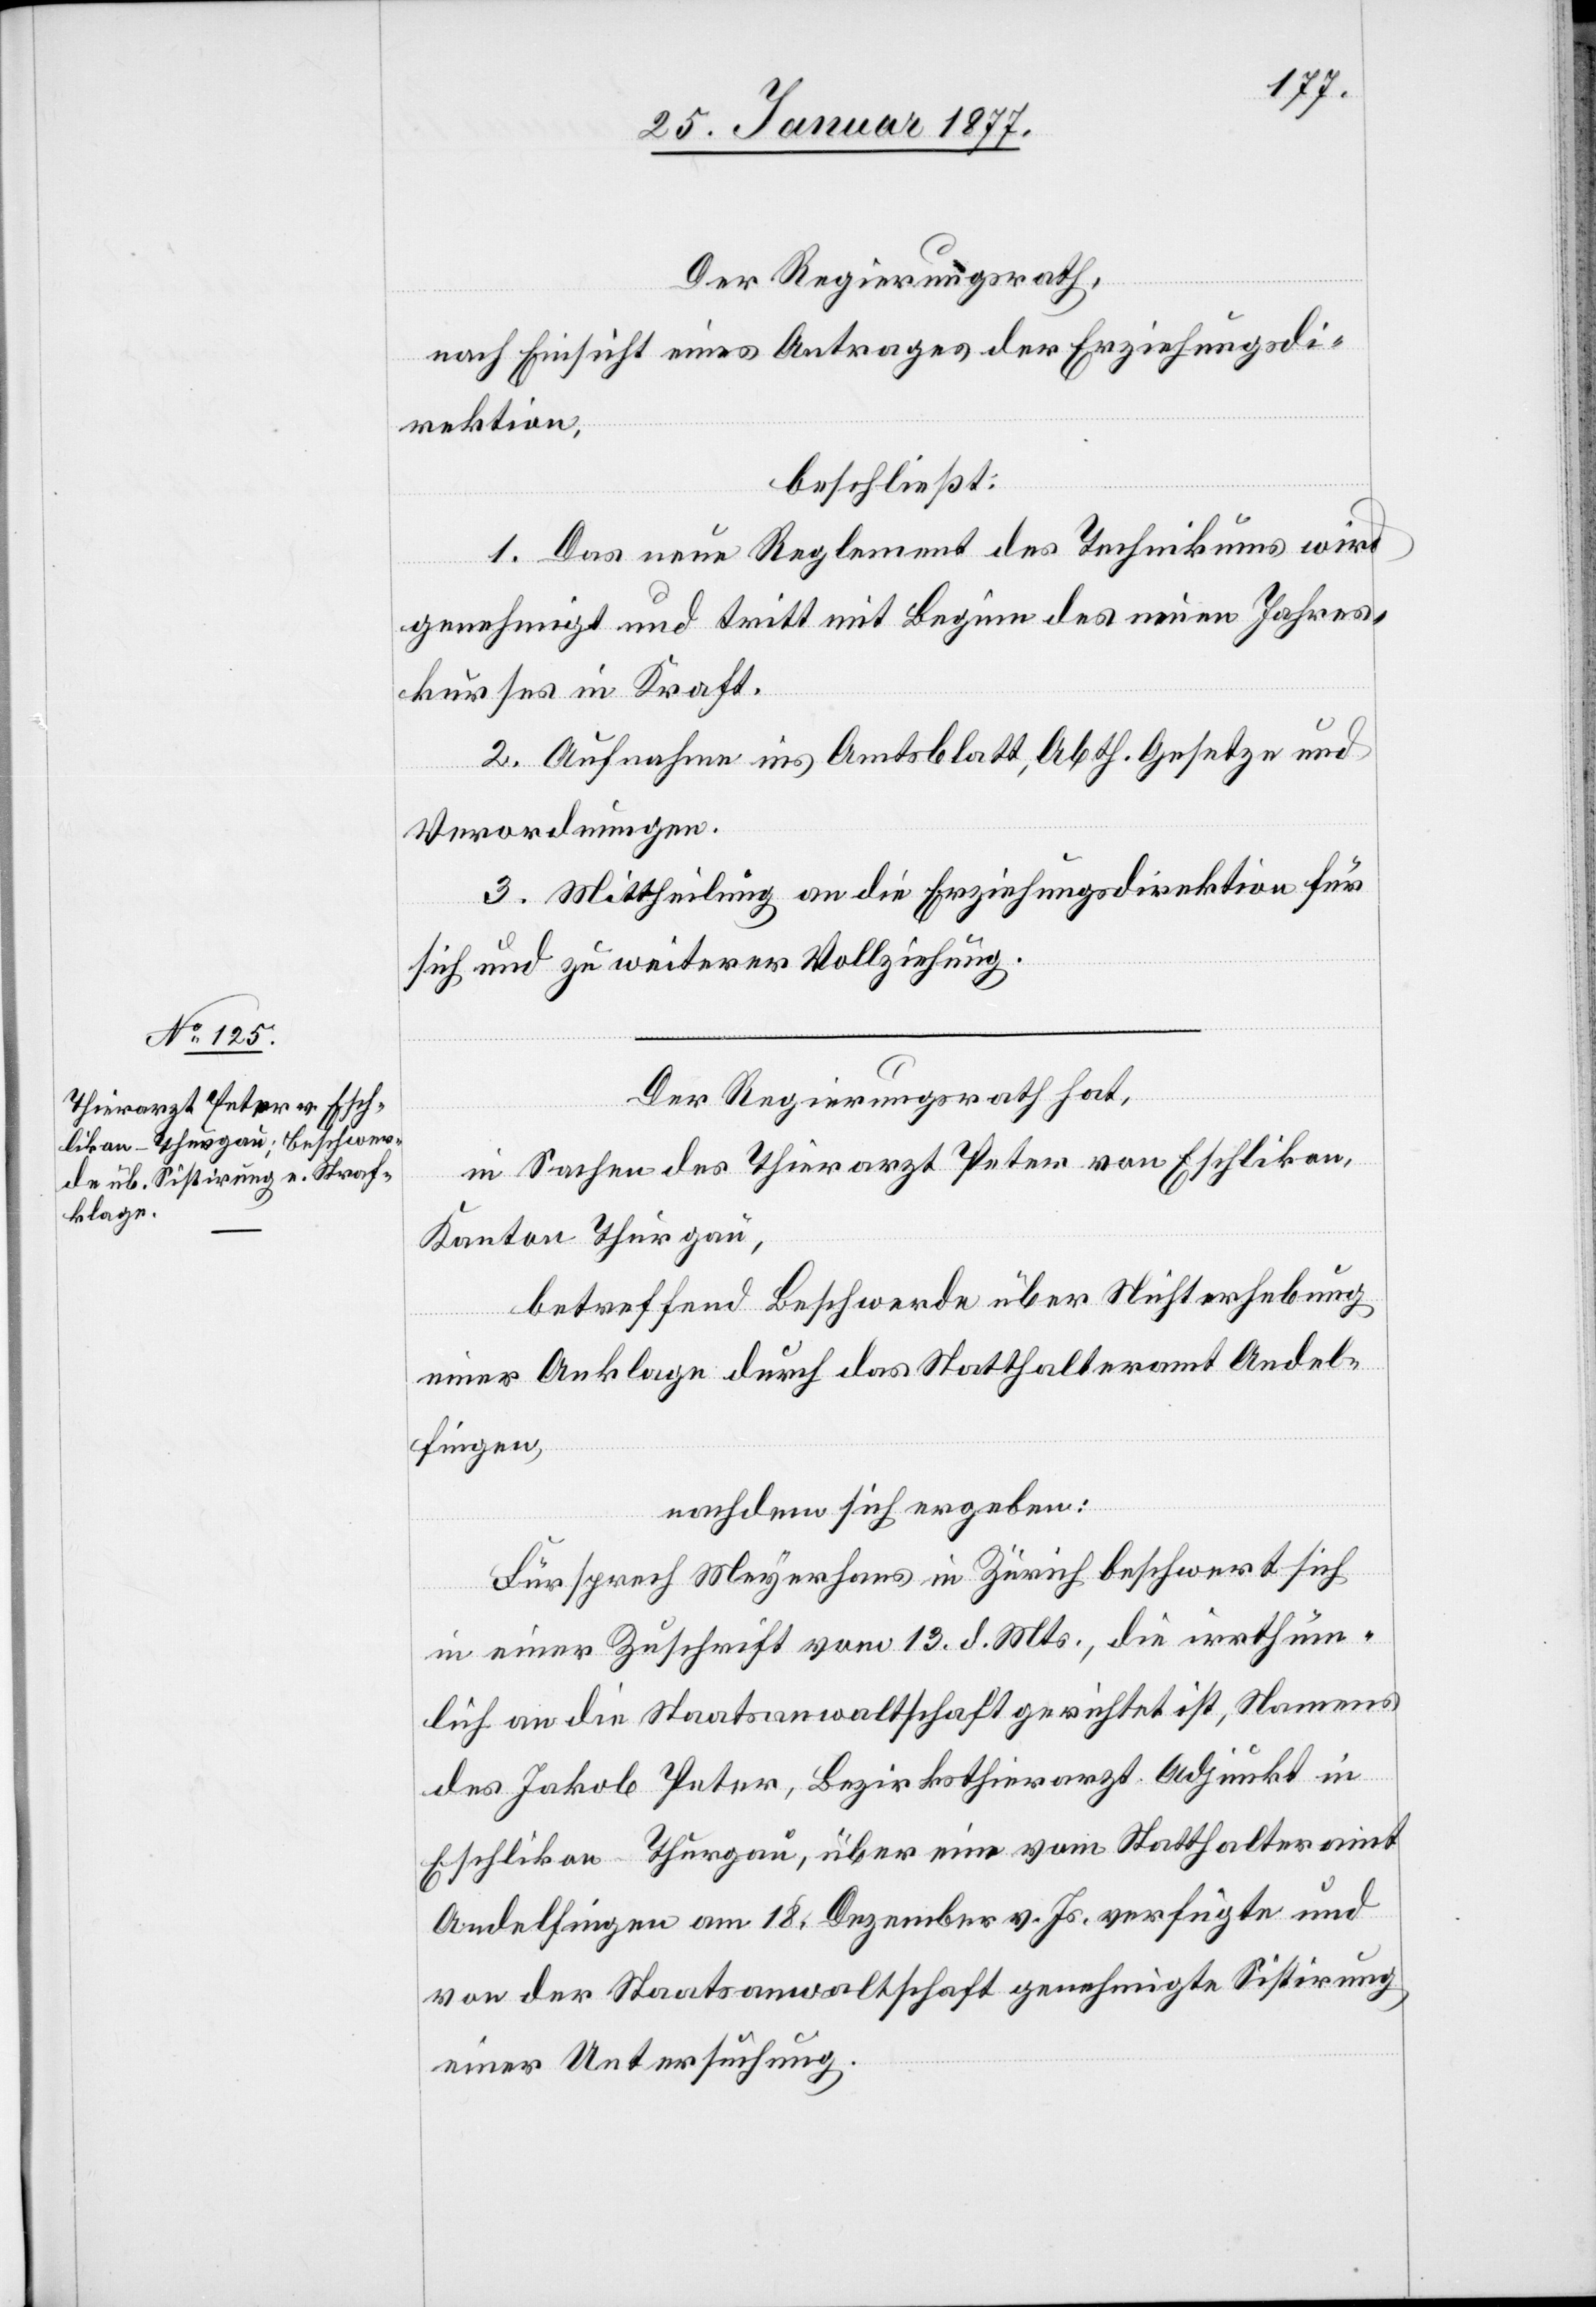
Der Regierungsrath,
nach Einsicht eines Antrages der Erziehungsdi¬
rektion,
beschließt:
1. Das neue Reglement des Technikums wird
genehmigt und tritt mit Beginn des neuen Jahres¬
kurses in Kraft.
2. Aufnahme in Amtsblatt, Abth. Gesetze und
Verordnungen.
3. Mittheilung an die Erziehungsdirektion für
sich und zu weiterer Vollziehung.
Der Regierungsrath hat,
in Sachen des Thierarzt Peter von Eschlikon,
Kanton Thurgau,
betreffend Beschwerde über Nichterhebung
einer Anklage durch das Statthalteramt Andel¬
fingen,
nachdem sich ergeben:
Fürsprech Meyerhans in Zürich beschwert sich
in einer Zuschrift vom 13. d. Mts., die irrthüm¬
lich an die Staatsanwaltschaft gerichtet ist, Namens
des Jakob Peter, Bezirksthierarzt Adjunkt in
Eschlikon Thurgau, über eine vom Statthalteramt
Andelfingen am 18. Dezember v. Js. verfügte und
von der Staatsanwaltschaft genehmigte Sistirung
einer Untersuchung.